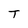
Character: T